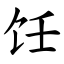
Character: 饪